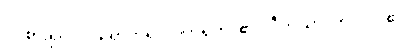
ဝင်စား၍။ ဝါ၊ ရောက်၍။ ဝိဟရတိ၊ ၏။ ပီတိယာ၊ ကို။ ဝါ၊ ၏။